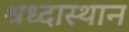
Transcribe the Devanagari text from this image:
श्रध्दास्थान